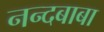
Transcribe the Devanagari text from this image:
नन्दबाबा